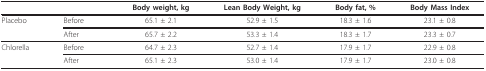
<table><thead><tr><td></td><td></td><td><b>Body weight, kg</b></td><td><b>Lean Body Weight, kg</b></td><td><b>Body fat, %</b></td><td><b>Body Mass Index</b></td></tr></thead><tbody><tr><td>Placebo</td><td>Before</td><td>65.1 ± 2.1</td><td>52.9 ± 1.5</td><td>18.3 ± 1.6</td><td>23.1 ± 0.8</td></tr><tr><td></td><td>After</td><td>65.7 ± 2.2</td><td>53.3 ± 1.4</td><td>18.3 ± 1.7</td><td>23.3 ± 0.7</td></tr><tr><td>Chlorella</td><td>Before</td><td>64.7 ± 2.3</td><td>52.7 ± 1.4</td><td>17.9 ± 1.7</td><td>22.9 ± 0.8</td></tr><tr><td></td><td>After</td><td>65.1 ± 2.3</td><td>53.0 ± 1.4</td><td>17.9 ± 1.7</td><td>23.0 ± 0.8</td></tr></tbody></table>